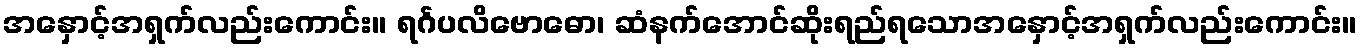
အနှောင့်အရှက်လည်းကောင်း။ ရင်္ဂပလိဗောဓော၊ ဆံနက်အောင်ဆိုးရည်ရသောအနှောင့်အရှက်လည်းကောင်း။